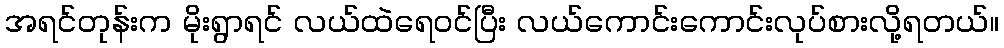
အရင်တုန်းက မိုးရွာရင် လယ်ထဲရေဝင်ပြီး လယ်ကောင်းကောင်းလုပ်စားလို့ရတယ်။